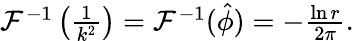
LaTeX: \begin{array}{r}{\mathcal{F}^{-1}\left(\frac{1}{k^{2}}\right)=\mathcal{F}^{-1}(\hat{\phi})=-\frac{\ln{r}}{2\pi}.}\end{array}